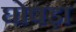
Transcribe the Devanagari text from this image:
घोषड़ा